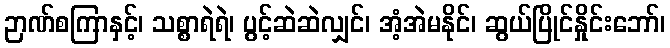
ဉာဏ်စကြာနှင့်၊ သစ္စာရဲရဲ၊ ပွင့်ဆဲဆဲလျှင်၊ အံ့အဲမနိုင်၊ ဆွယ်ပြိုင်နှိုင်းဘော်၊